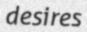
desires